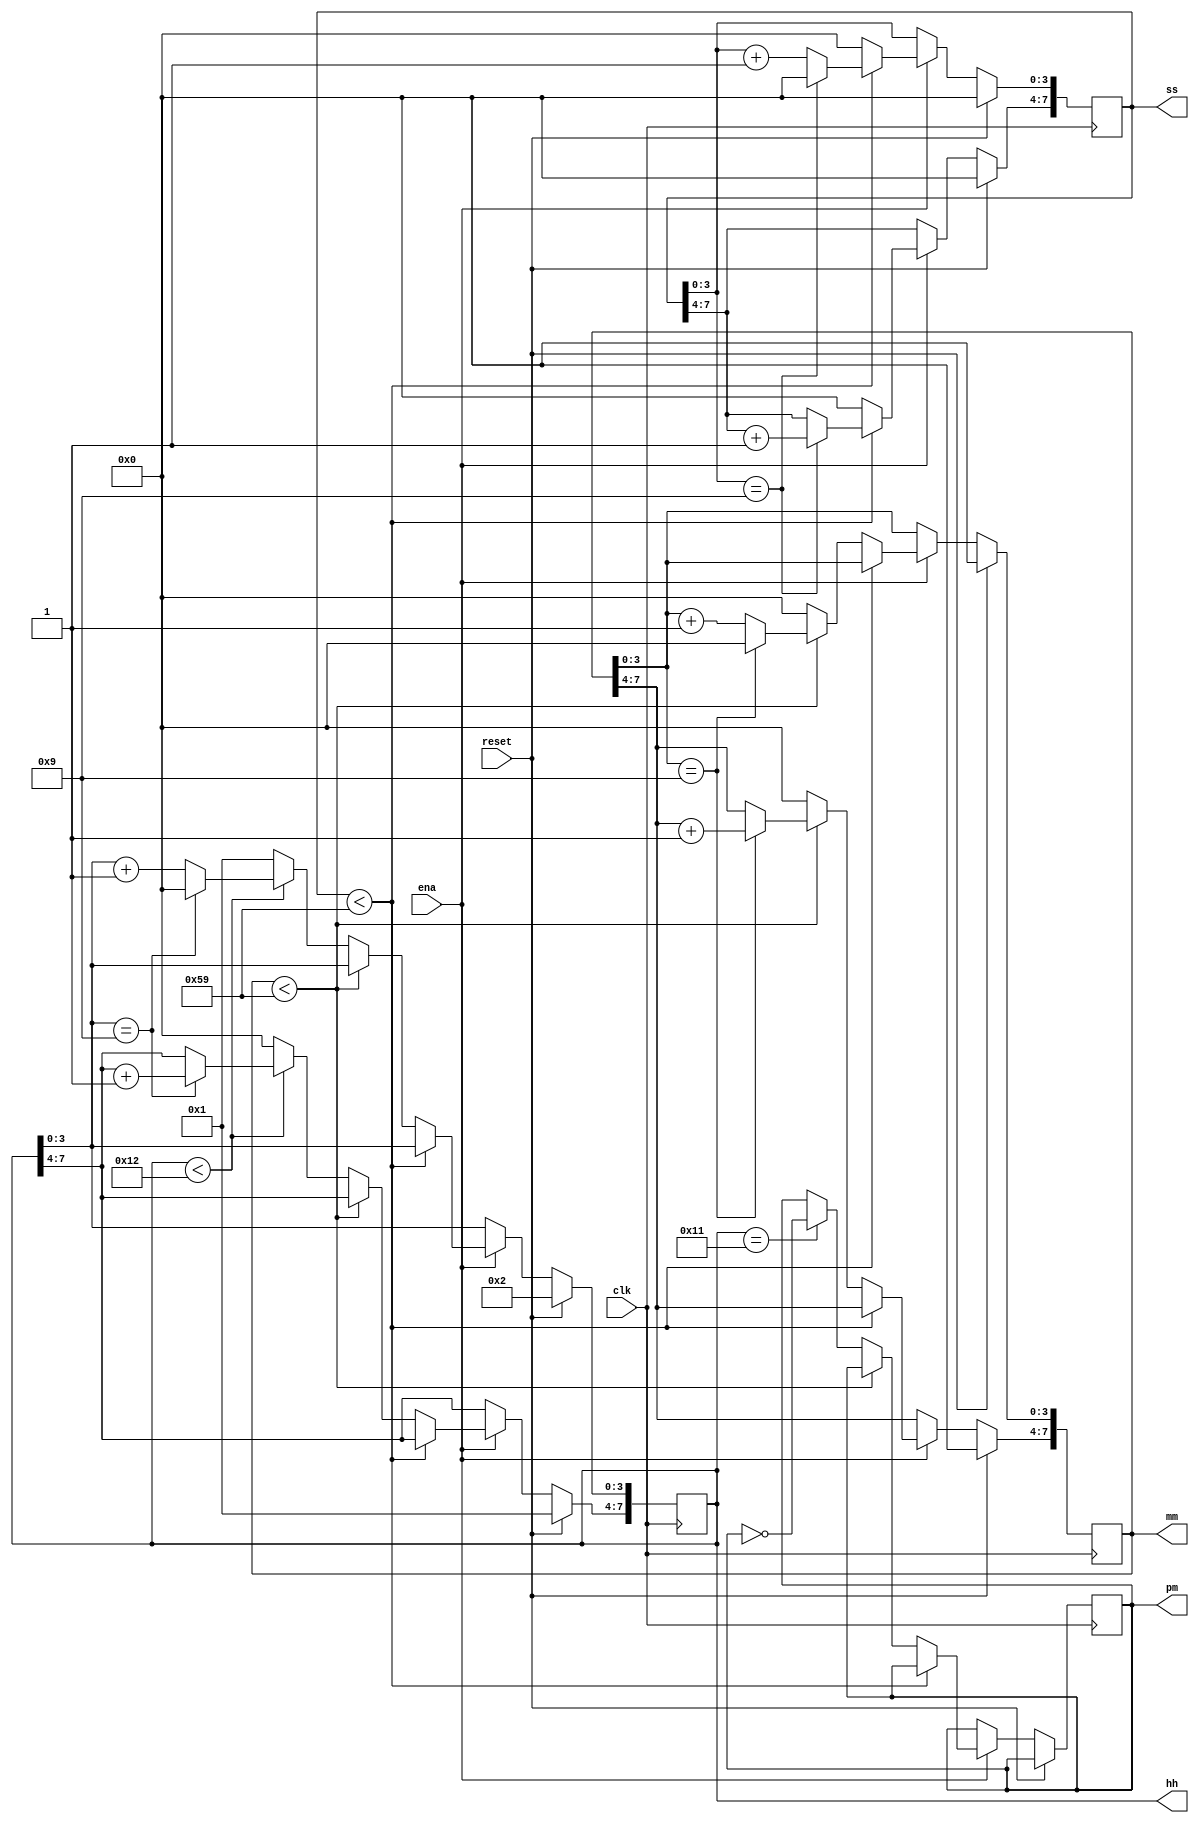
module top_module(
    input clk,
    input reset,
    input ena,
    output pm,
    output [7:0] hh,
    output [7:0] mm,
    output [7:0] ss); 
    reg [5:0] count;
    always@(posedge clk)begin
        if(reset)begin
            //ena <= 0;
            hh <= 8'h12;
            mm <= 8'h00;
            ss <= 8'h00;
        end
        else if(ena) begin
            ss[3:0] <= ss +4'b1;
            //ena <= (count==6'd59)?1:0;
            if(ss<8'h59)begin
                if(ss[3:0] == 9) begin
                    ss[3:0] <= 0;
                    ss[7:4] <= ss[7:4] + 1;
                end
            end
            else begin
                ss <= 8'h00;
                mm[3:0] <= mm[3:0] +1;                
                if(mm<8'h59)begin
                    if(mm[3:0] == 9) begin
                        mm[3:0] <= 0;
                        mm[7:4] <= mm[7:4] + 1;
                    end
                end
                else begin
                    mm <= 8'h00;
                    hh[3:0] <= hh[3:0] +1;
                    if(hh==8'h11) pm<=~pm;
                    if(hh<8'h12)begin
                        if(hh[3:0] == 9) begin
                            hh[3:0] <= 0;
                            hh[7:4] <= hh[7:4] + 1;
                        end
                        
                    end
                    else hh <= 8'h01;                 
                end
            end                         
        end
    end
endmodule